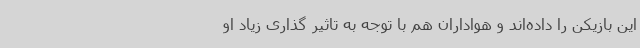
این بازیکن را داده‌اند و هواداران هم با توجه به تاثیر گذاری زیاد او